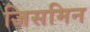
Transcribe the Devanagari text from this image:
जिसमिन